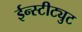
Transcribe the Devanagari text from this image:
ईन्स्टीट्युट